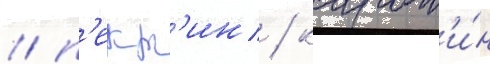
/ п'ект'ин / карот'и́н